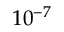
1 0 ^ { - 7 }